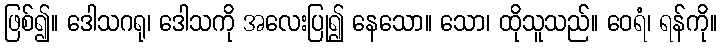
ဖြစ်၍။ ဒေါသဂရု၊ ဒေါသကို အလေးပြု၍ နေသော။ သော၊ ထိုသူသည်။ ဝေရံ၊ ရန်ကို။